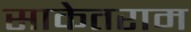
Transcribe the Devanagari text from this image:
साकेतराम